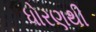
ધોરણથી